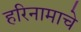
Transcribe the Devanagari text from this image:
हरिनामाचे